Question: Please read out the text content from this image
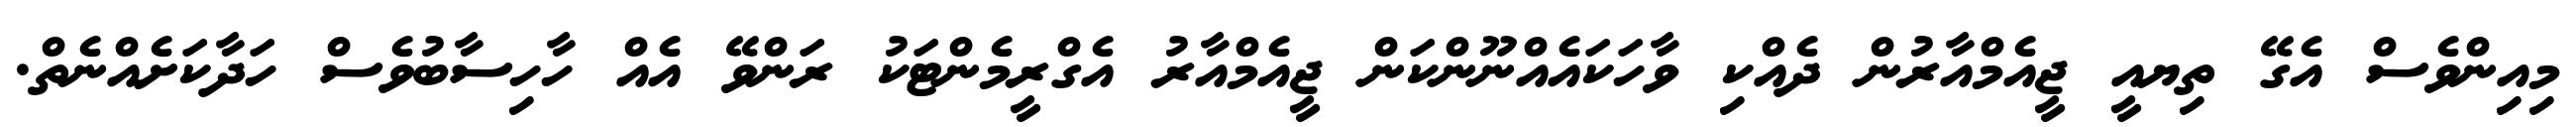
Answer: މިއިންވެސް އެގޭ ތިޔއީ ޖީއެމްއާރުން ދެއްކި ވާހަކައެއްނޫންކަން ޖީއެމްއާރު އެގްރީމެންޓަކު ރަންވޭ އެއް ހާހިސާބުވެސް ހަދާކަށެއްނެތް.